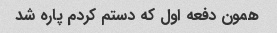
همون دفعه اول که دستم کردم پاره شد